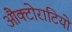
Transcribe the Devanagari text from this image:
औक्टोराटियो